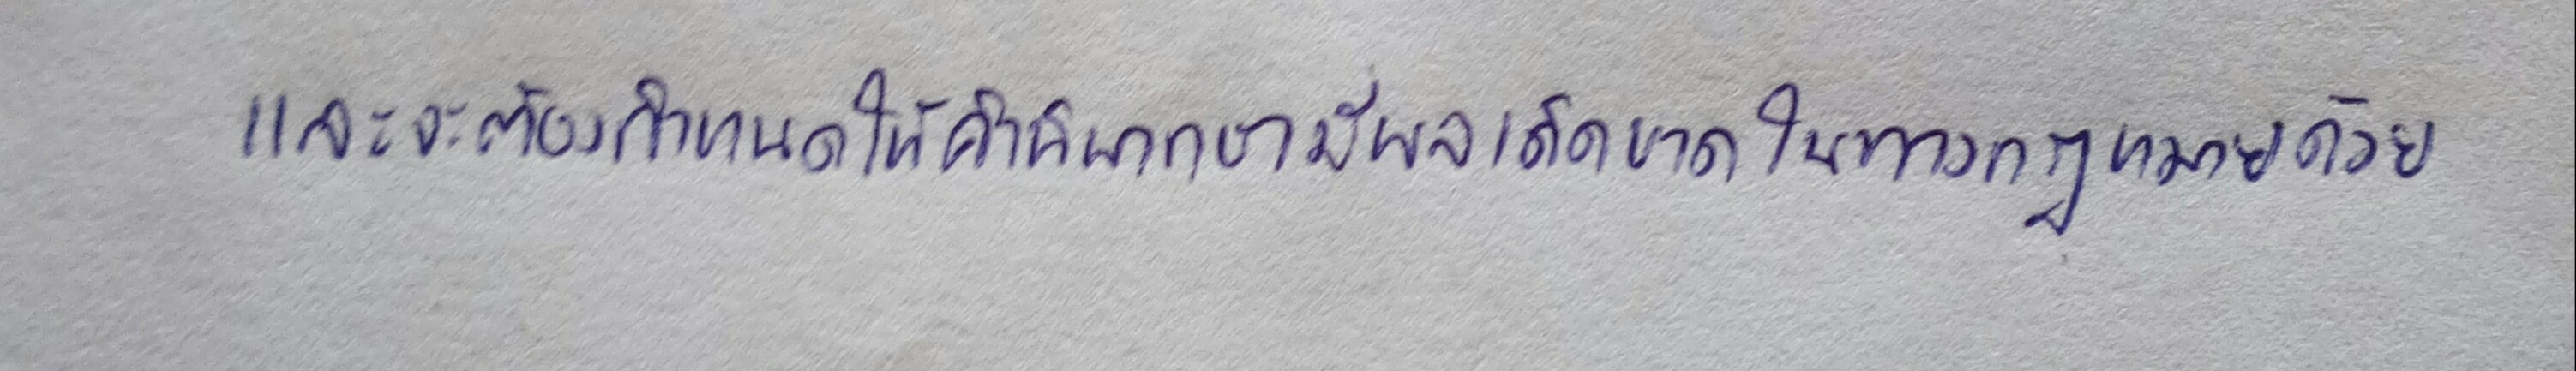
และจะต้องกำหนดให้คำพิพากษามีผลเด็ดขาดในทางกฎหมายด้วย